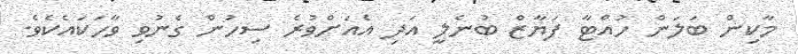
މާކިން ބަލަން ހުއްޓާ ފަޔާޒް ބުނެލީ އަދި އެއަށްވުރެ ސިހުން ގެނުވި ވާހަކައެކެވެ.